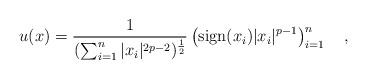
LaTeX: \begin{align*}u(x)=\frac{1}{(\sum_{i=1}^n |x_i|^{2p-2})^{\frac{1}{2}}}\left(\mathrm{sign} (x_i)|x_i|^{p-1}\right)_{i=1}^n\quad,\end{align*}